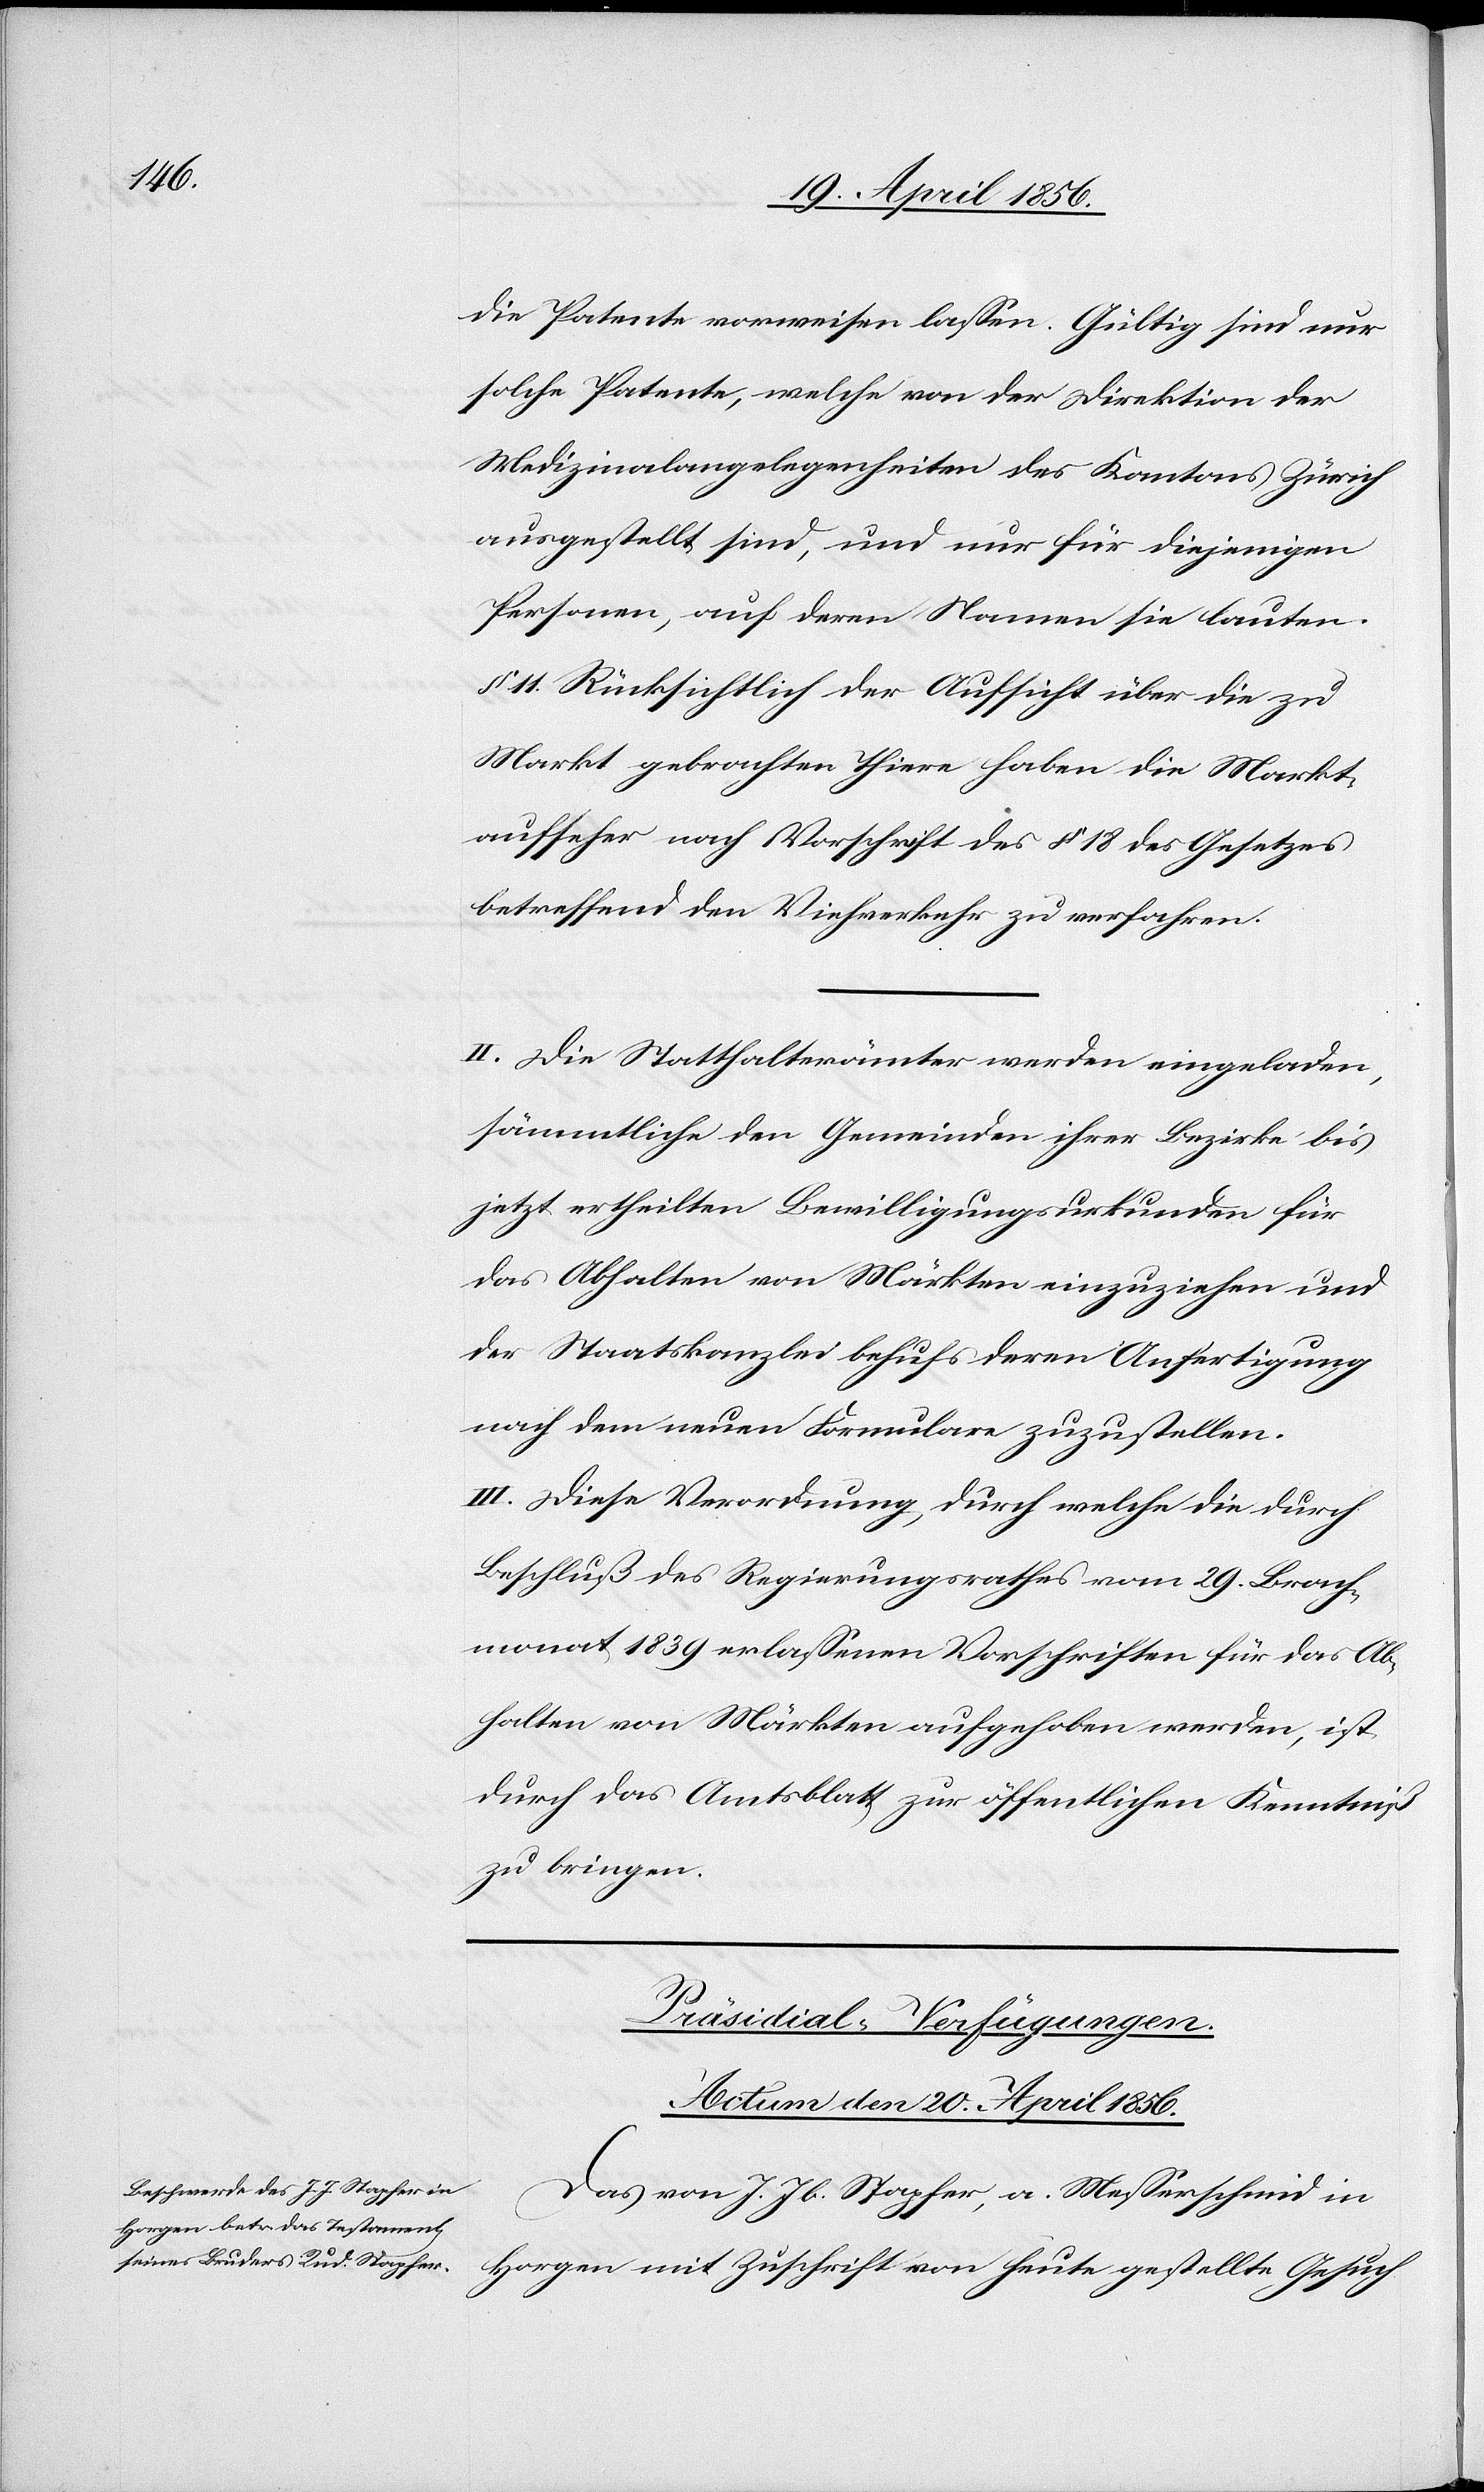
die Patente vorweisen lassen. Gültig sind nur
solche Patente, welche von der Direktion der
Medizinalangelegenheiten des Kantons Zürich
ausgestellt sind, und nur für diejenigen
Personen, auf deren Namen sie lauten.
§ 11. Rücksichtlich der Aufsicht über die zu
Markt gebrachten Thiere haben die Markt¬
aufseher nach Vorschrift des § 18 des Gesetzes
betreffend den Viehverkehr zu verfahren.
II. Die Statthalterämter werden eingeladen,
sämmtliche den Gemeinden ihrer Bezirke bis
jetzt ertheilten Bewilligungsurkunden für
das Abhalten von Märkten einzuziehen und
der Staatskanzlei behufs deren Anfertigung
nach dem neuen Formulare zuzustellen.
III. Diese Verordnung, durch welche die durch
Beschluß des Regierungsrathes vom 29. Brach¬
monat 1839 erlassenen Vorschriften für das Ab¬
halten von Märkten aufgehoben werden, ist
durch das Amtsblatt zur öffentlichen Kenntniß
zu bringen.
Präsidial-Verfügungen.
Actum den 20. April 1856.
Das von J. Jb. Stapfer, a. Messerschmid in
Horgen mit Zuschrift von heute gestellte Gesuch